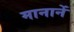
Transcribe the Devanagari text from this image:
मानानें